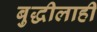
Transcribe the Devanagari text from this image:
बुद्धीलाही